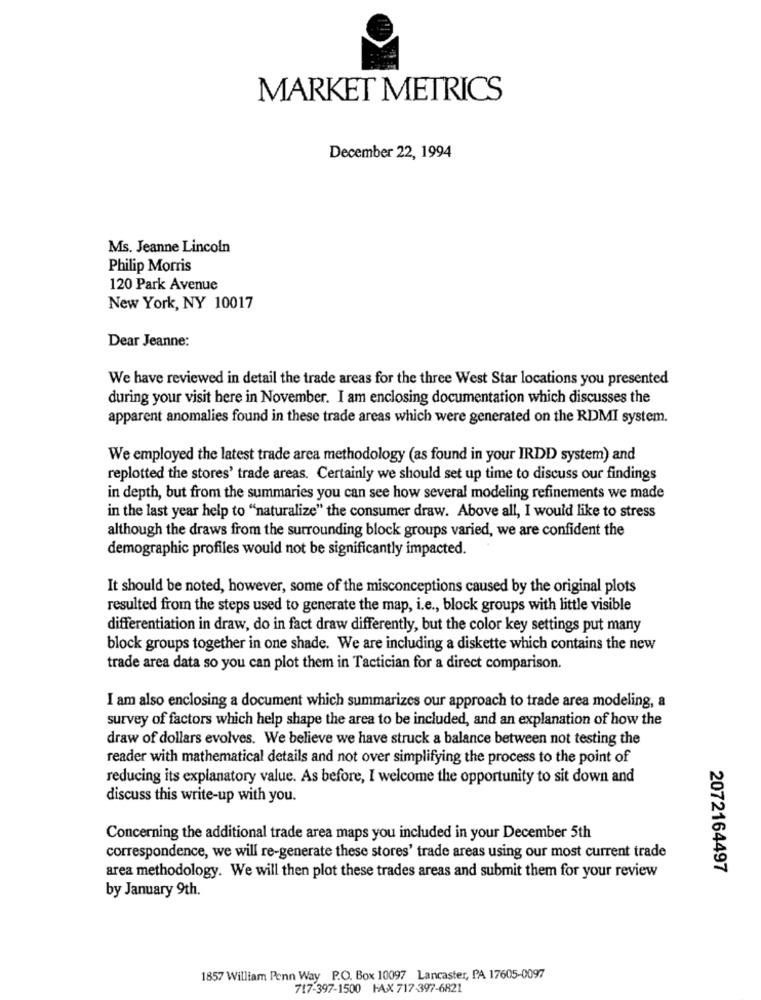
MARKET METRICS
December 22, 1994
Ms. Jeanne Lincoln
Philip Morris
120 Park Avenue
New York, NY 10017
Dear Jeanne:
We have reviewed in detail the trade areas for the three West Star locations you presented
during your visit here in November. I am enclosing documentation which discusses the
apparent anomalies found in these trade areas which were generated on the RDMI system.
We employed the latest trade area methodology (as found in your IRDD system) and
replotted the stores' trade areas. Certainly we should set up time to discuss our findings
in depth, but from the summaries you can see how several modeling refinements we made
in the last year help to "naturalize" the consumer draw. Above all, I would like to stress
although the draws from the surrounding block groups varied, we are confident the
demographic profiles would not be significantly impacted.
It should be noted, however, some of the misconceptions caused by the original plots
resulted from the steps used to generate the map, i.e ., block groups with little visible
differentiation in draw, do in fact draw differently, but the color key settings put many
block groups together in one shade. We are including a diskette which contains the new
trade area data so you can plot them in Tactician for a direct comparison.
I am also enclosing a document which summarizes our approach to trade area modeling, a
survey of factors which help shape the area to be included, and an explanation of how the
draw of dollars evolves. We believe we have struck a balance between not testing the
reader with mathematical details and not over simplifying the process to the point of
reducing its explanatory value. As before, I welcome the opportunity to sit down and
discuss this write-up with you.
Concerning the additional trade area maps you included in your December 5th
correspondence, we will re-generate these stores' trade areas using our most current trade
2072164497
area methodology. We will then plot these trades areas and submit them for your review
by January 9th.
1857 William Penn Way P.O. Box 10097 Lancaster, PA 17605-0097
717-397-1500 FAX 717-397-6821